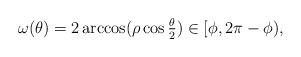
LaTeX: \begin{align*}\omega(\theta)= 2\arccos (\rho \cos\tfrac{\theta}{2}) \in [\phi,2\pi-\phi),\end{align*}